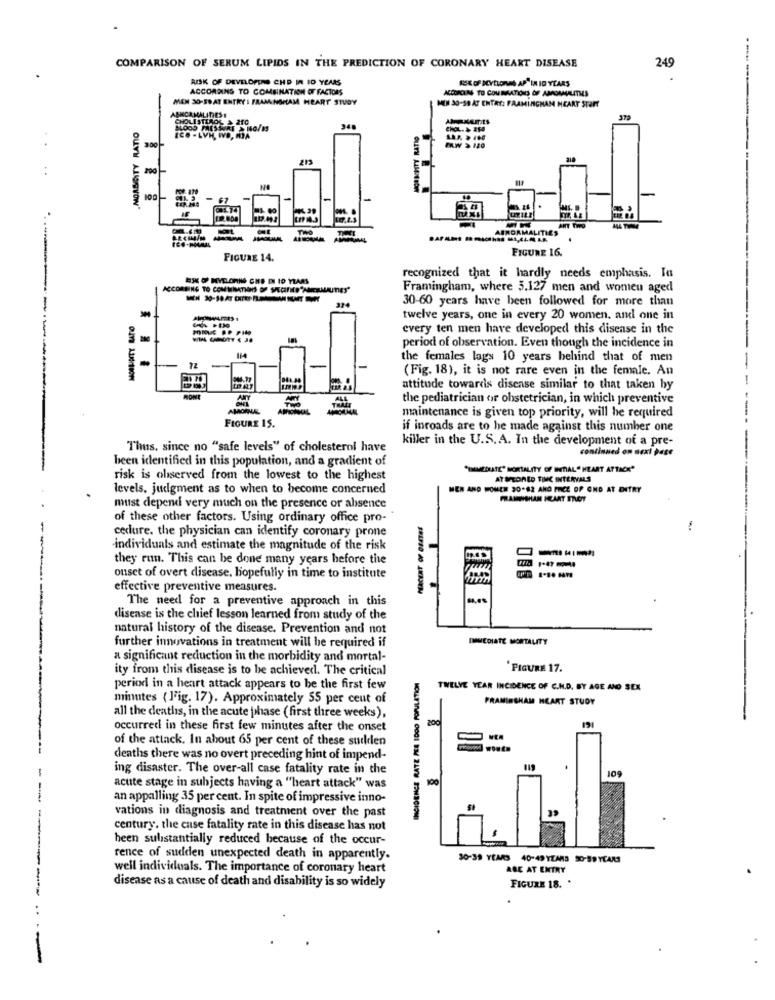
249
COMPARISON OF SERUM LIPIDS IN THE PREDICTION OF CORONARY HEART DISEASE
RISK OF DEVELOPERS CHD IN ID YEARS
ACCORDING TO COMBINATION OF FACTORS
ACCORLAS TO COMEATIONS OF ABROMMAALITIES
MEN 30-59 AT ENTRY : FRAMINGHAM HEART STUDY
MIN 30-58 AT ENTAY: FRAMINGHAM HEART START
ASHCAMALITHESE
CHOLESTEROL & 210
.MORSCITY RATIO
CHOL.& 250
ECO -LYN, WVD, HJA
8
ERW > 120
100
-
ANT T
TWO
ABNORMALITIES
FIGURE 16.
FIGURE 14.
BSK O MYELORNG CHE DI ID YEARS
recognized that it hardly needs emphasis. In
ACCORDING TO COMWITHONS OF SACIFIED "ANERAUAUTIES"
Framingham, where 5.127 men and women aged
30-60 years have been followed for more than
--
MOAFINITY LATO
twelve years, one in every 20 women. and one in
every ten men have developed this disease in the
period of observation. Even though the incidence in
the females lags 10 years behind that of men
-
(Fig. 18), it is not rare even in the female. An
attitude towards disease similar to that taken by
TWO
THALT
ALL
the pediatrician or obstetrician, in which preventive
--
maintenance is given top priority, will be required
FIGURE 15.
if inroads are to he made against this number one
killer in the U.S.A. In the development of a pre-
Thus, since no "safe levels" of cholesterol have
continued on next page
been identified in this population, and a gradient of
IMMEDIATE" MORTALITY OF INITIAL" HEART ATTACK"
risk is oliserved from the lowest to the highest
AT SPEONED TIME INTERVALS
levels, judgment as to when to become concerned
MEN AND TONEE 20-82 AND PRICE OF OND AT DITRY
must depend very much on the presence or absence
of these other factors. Using ordinary office pro-
cedure. the physician can identify coronary prone
individuals and estimate the magnitude of the risk
---
they run. This can be done many years before the
ouset of overt disease. hopefully in time to institute
effective preventive measures.
The need for a preventive approach in this
disease is the chief lesson learned from study of the
natural history of the disease. Prevention and not
IMMEDIATE MORTALITY
further innovations in treatment will be required if
a significant reduction in the morbidity and mortal-
ity from this disease is to be achieved. The critical
FIGURE 17.
period in a heart attack appears to be the first few
TWELVE YEAR INCIDENCE OF C.H.D. BY AGE AND SEX
minutes ( Fig. 17). Approximately 55 per cent of
FRAMINGHAM HEART STUDY
all the deaths, in the acute phase ( first three weeks),
200
occurred in these first few minutes after the onset
of the attack. In about 65 per cent of these sudden
deaths there was no overt preceding hint of impend-
ing disaster. The over-all case fatality rate in the
100
acute stage in subjects having a "heart attack" was
an appalling 35 per cent. In spite of impressive inno-
vations in diagnosis and treatment over the past
century. the case fatality rate in this disease has not
heen substantially reduced because of the occur-
rence of sudden unexpected death in apparently.
30-39 YEARS 40-49 YEARS 50-59 YEARS
well individuals. The importance of coronary heart
ABE AT ENTRY
----
disease as a cause of death and disability is so widely
FIGURE 18. '
....
-